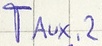
Text: TAUX,2